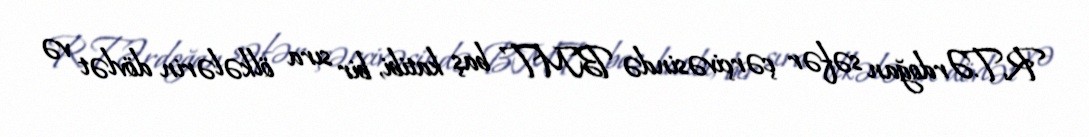
R.T.Ərdoğan səfər çərçivəsində BMT baş katibi, bir sıra ölkələrin dövlət və